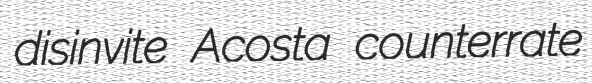
disinvite Acosta counterrate